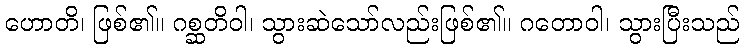
ဟောတိ၊ ဖြစ်၏။ ဂစ္ဆတိဝါ၊ သွားဆဲသော်လည်းဖြစ်၏။ ဂတောဝါ၊ သွားပြီးသည်